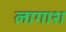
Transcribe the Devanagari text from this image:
लागाश